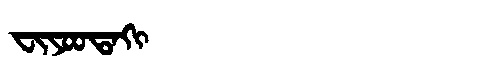
Manchu: ᠸᡳᠶᠣᠣᡨᠠᡴᡳ
Romanization: FIYOOTAKI